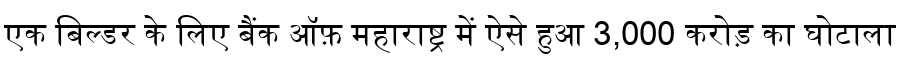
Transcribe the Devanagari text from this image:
एक बिल्डर के लिए बैंक ऑफ़ महाराष्ट्र में ऐसे हुआ 3,000 करोड़ का घोटाला